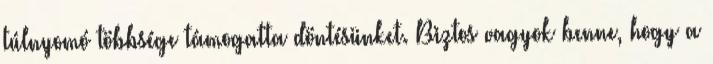
túlnyomó többsége támogatta döntésünket. Biztos vagyok benne, hogy a